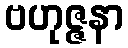
ဗဟုဇ္ဇနာ